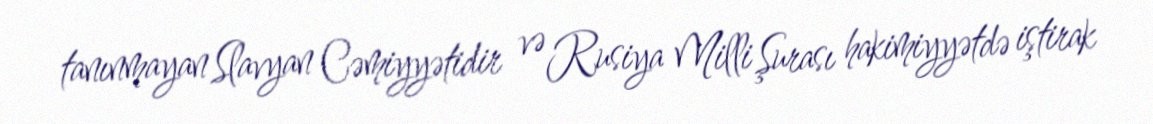
tanınmayan Slavyan Cəmiyyətidir və Rusiya Milli Şurası hakimiyyətdə iştirak